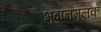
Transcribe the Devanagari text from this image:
भूदानमूलक